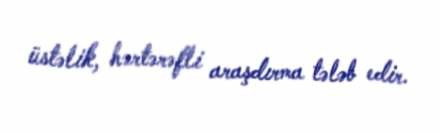
üstəlik, hərtərəfli araşdırma tələb edir.